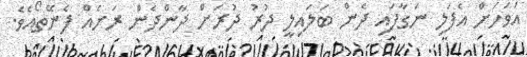
އަވަހަށް އެފަލި ނަގާފައި ދެން ބަލައިލީ ދުރު ދުރަށް ދާންދެން ރަށެއް ފެނޭތޯއެވެ.